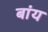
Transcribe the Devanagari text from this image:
बांय